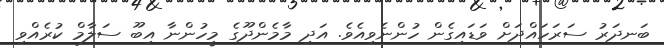
ބަނދަރު ސަރަހައްދަށް ވަޑައިގެން ހުންނެވިއެވެ. އަދި މާމެންދޫގެ މީހުންނާ އިބޫ ސަލާމް ކުރެއްވި